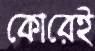
কোরেই